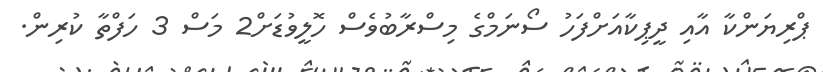
ޕްރިޔަންކާ އާއި ދީޕިކާއަށްފަހު ސޯނަމްގެ މިސްރާބުވެސް ހޮލީވުޑަށް2 މަސް 3 ހަފްތާ ކުރިން.